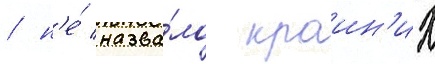
/ н'е́ назва́ло краин'их